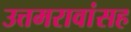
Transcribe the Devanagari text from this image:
उत्तमरावांसह